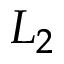
L _ { 2 }